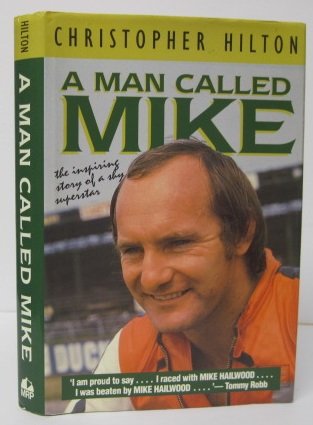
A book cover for A Man Called Mike: The Inspiring Story of a Shy Superstar (Motorcycles & Motorcyling); Christopher Hilton; Sports & Outdoors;